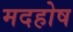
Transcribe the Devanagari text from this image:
मदहोष